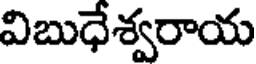
విబుధేశ్వరాయ